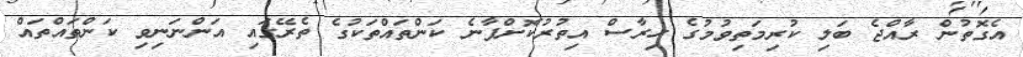
އެގޮތުން ރާއްޖެ ބަލި ކުރިމަތިވުމުގެ ހިރާސް އިތުރުކޮށްފާނެ ކަންތައްތަކުގެ ތެރޭގައި އަންނަނިވި ކަންތައްތައް